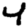
Digit: 4